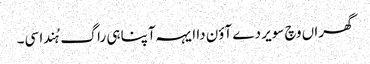
گھراں وچ سویر دے آؤن دا ایہہ آپنا ہی راگ ہُندا سی۔